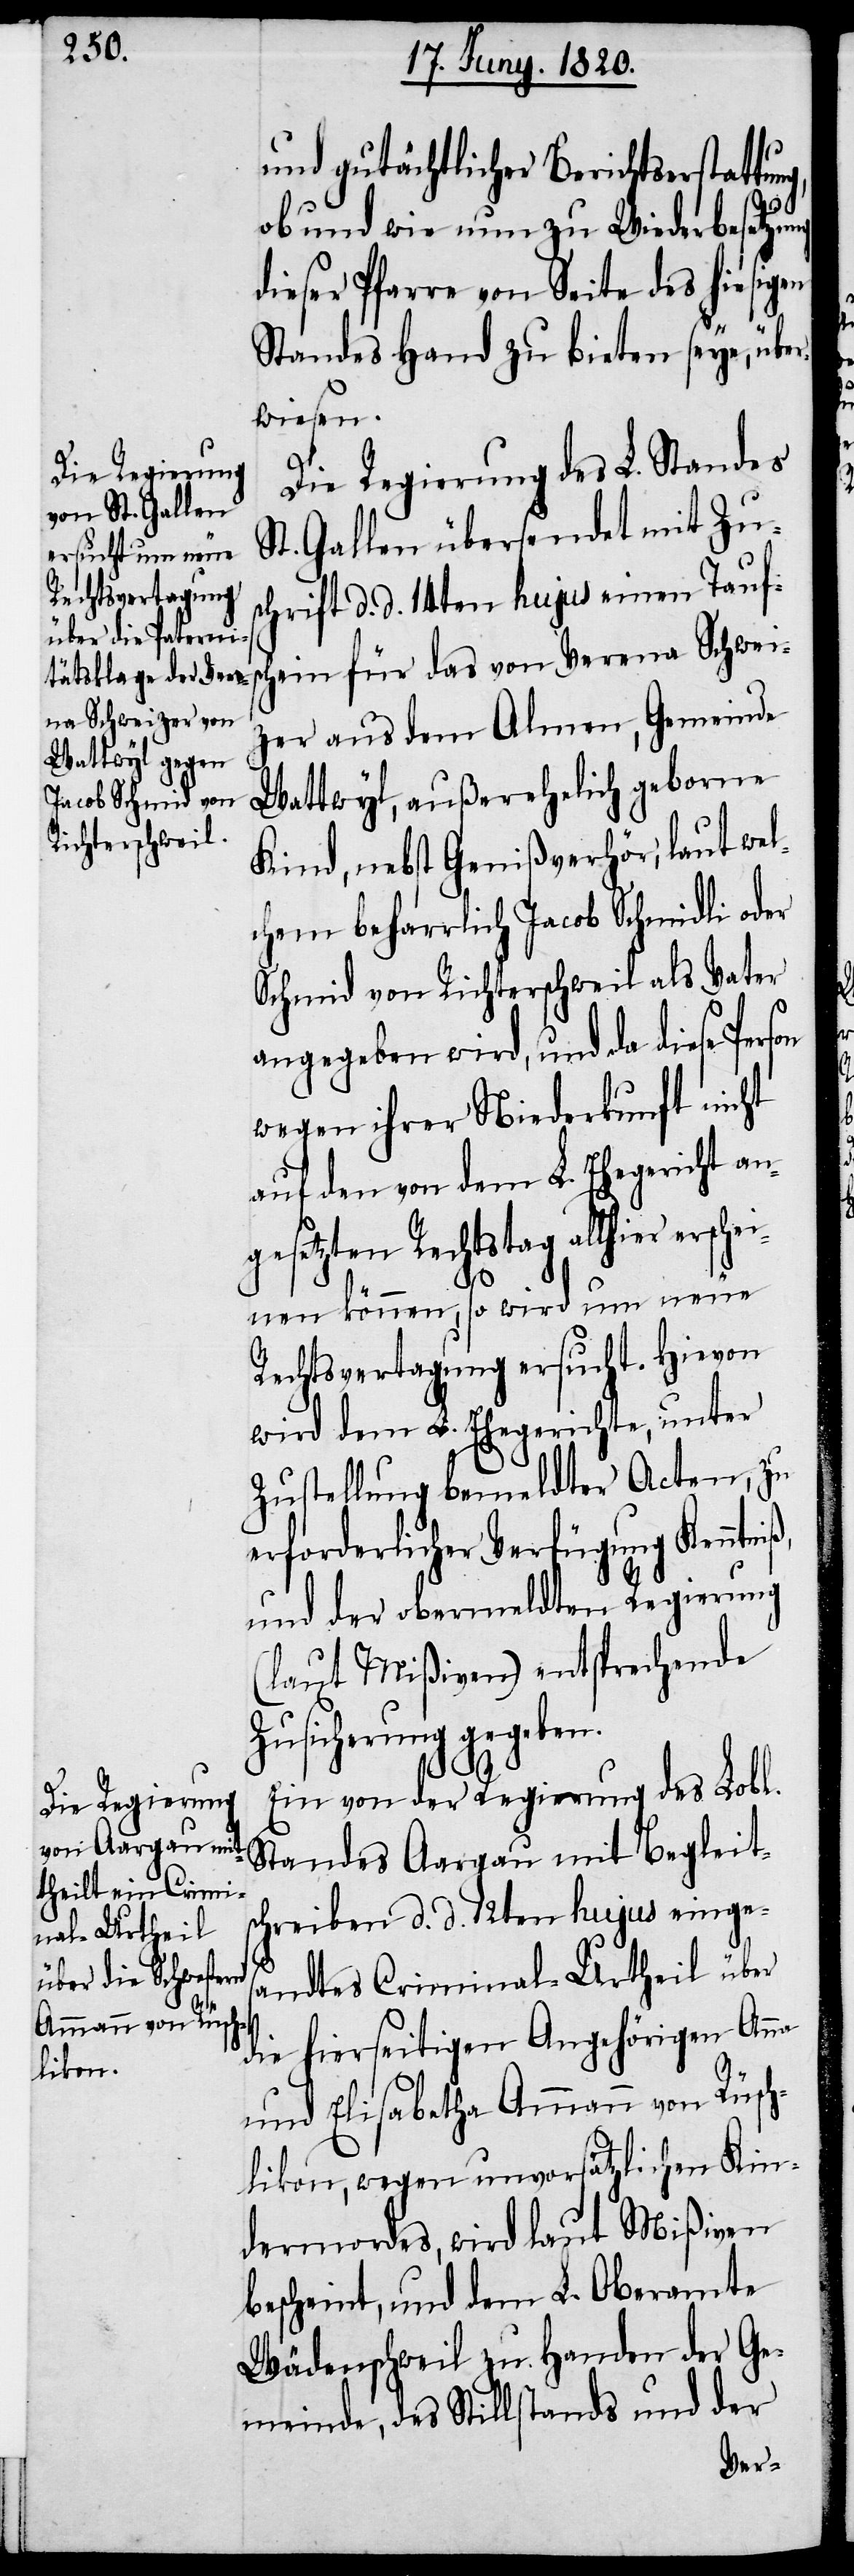
und gutächtlicher Berichtserstattun¬
ob und wie nun zu Wiederbesetzung
dieser Pfarre von Seite des hiesigen
Standes Hand zu bieten seye, über¬
wiesen.
Die Regierung des L. Standes
St. Gallen übersendet mit Zu¬
schrift d. d. 14ten hujus einen Taufsc¬
hein für das von Verena Schwei¬
ß,
zer aus dem Almen, Gemeinde
Wattwyl, außerehelich geborne
Kind, nebst Genißverhör, laut wel¬
chem beharrlich Jacob Schmidli oder
Schmid von Richterschweil als Vater
angegeben wird, und da diese Person
wegen ihrer Niederkunft nicht
auf den von dem L. Ehegericht an¬
gesetzten Rechtstag allhier erschei¬
nen können, so wird um neue
Rechtsvertagung ersucht. Hievon
wird dem L. Ehegerichte, unter
Zustellung bemeldter Acten, zu
erforderlicher Verfügung Kenntni¬
und der obermeldten Regierung
(laut Mißiven) entsprechende
Zusicherung gegeben.
Ein von der Regierung des Lobl.
Standes Aargau mit Begleits¬
chreiben d. d. 12ten hujus einges¬
andtes Criminal-Urtheil über
die hierseitigen Angehörigen Anna
und Elisabetha Ammann von Rüsch¬
likon, wegen unvorsätzlichen Kin¬
dermordes, wird laut Mißiven
bescheint, und dem L. Oberamte
Wädenschweil zu Handen der Ge¬
meinde, des Stillstandes und der